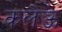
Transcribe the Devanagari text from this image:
कलेऊ